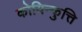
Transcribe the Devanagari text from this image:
कोयिन्कुत्ति